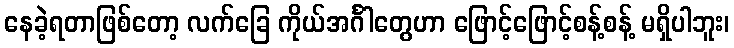
နေခဲ့ရတာဖြစ်တော့ လက်ခြေ ကိုယ်အင်္ဂါတွေဟာ ဖြောင့်ဖြောင့်စန့်စန့် မရှိပါဘူး၊